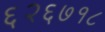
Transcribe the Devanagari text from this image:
६२६७१८